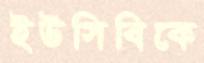
ইউসিবিকে